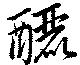
釃